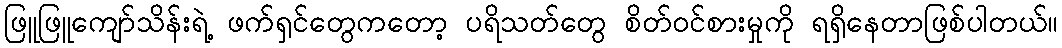
ဖြူဖြူကျော်သိန်းရဲ့ ဖက်ရှင်တွေကတော့ ပရိသတ်တွေ စိတ်ဝင်စားမှုကို ရရှိနေတာဖြစ်ပါတယ်။